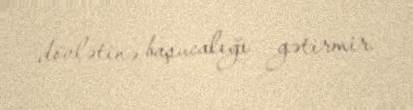
dövlətinə başucalığı gətirmir.